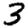
Digit: 3